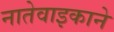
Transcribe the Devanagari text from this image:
नातेवाइकाने